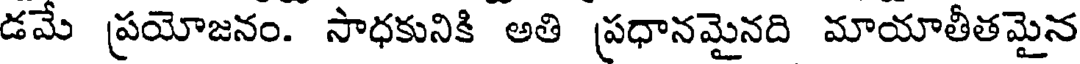
డమే ప్రయోజనం. సాధకునికి అతి ప్రధానమైనది మాయాతీతమైన